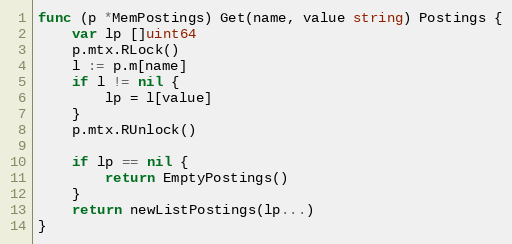
Language: Go
func (p *MemPostings) Get(name, value string) Postings {
	var lp []uint64
	p.mtx.RLock()
	l := p.m[name]
	if l != nil {
		lp = l[value]
	}
	p.mtx.RUnlock()

	if lp == nil {
		return EmptyPostings()
	}
	return newListPostings(lp...)
}